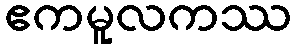
ဧကမူလကဿ